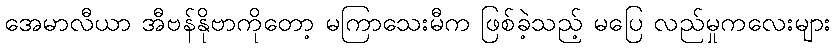
အေမာလီယာ အီဗန်နိုဗာကိုတော့ မကြာသေးမီက ဖြစ်ခဲ့သည့် မပြေ လည်မှုကလေးများ